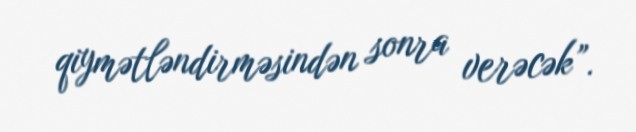
qiymətləndirməsindən sonra verəcək”.